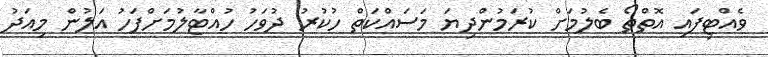
ވެއްޓިފައި އޮތްތޯ ބެލުމަށް ކުރަމުންދިޔަ މަސައްކަތް ހުކުރު ދުވަހު ހުއްޓާލުމަށްފަހު އަލުން މިއަދު